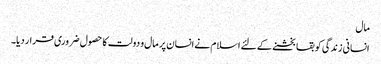
مال
انسانی زندگی کو بقا بخشنے کے لئے اسلام نے انسان پر مال و دولت کا حصول ضروری قرار دیا۔